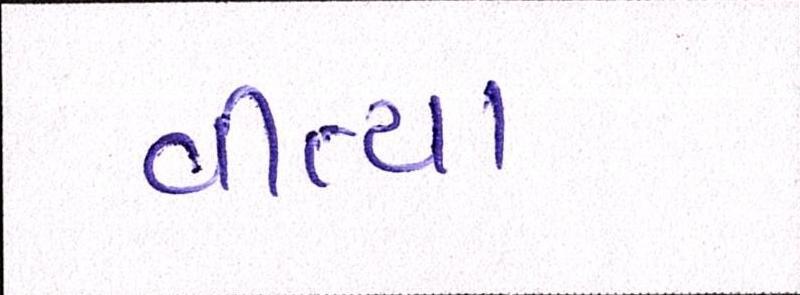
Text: વીત્યા